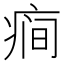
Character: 𰣯